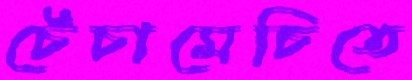
চেঁচামেচিতে